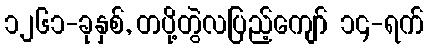
၁၂၆၁-ခုနှစ်, တပို့တွဲလပြည့်ကျော် ၁၄-ရက်